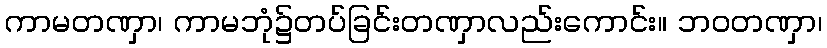
ကာမတဏှာ၊ ကာမဘုံ၌တပ်ခြင်းတဏှာလည်းကောင်း။ ဘဝတဏှာ၊